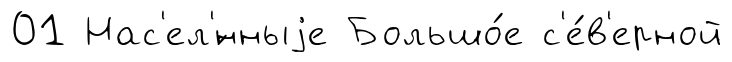
01 Нас'ел'́нныjе Большо́е с'е́в'ерной